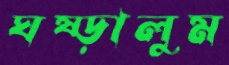
ঘষ্‌ড়ালুম